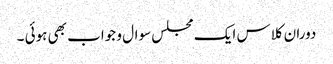
دوران کلاس ایک مجلس سوال و جواب بھی ہوئی ۔